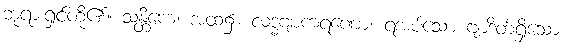
ဘုရားရှင်တို့၏။ သန္တိကေ၊ အထံ၌။ လဒ္ဓဗျာကရဏော၊ ရအပ်သော ဗျာဒိတ်ရှိသော။